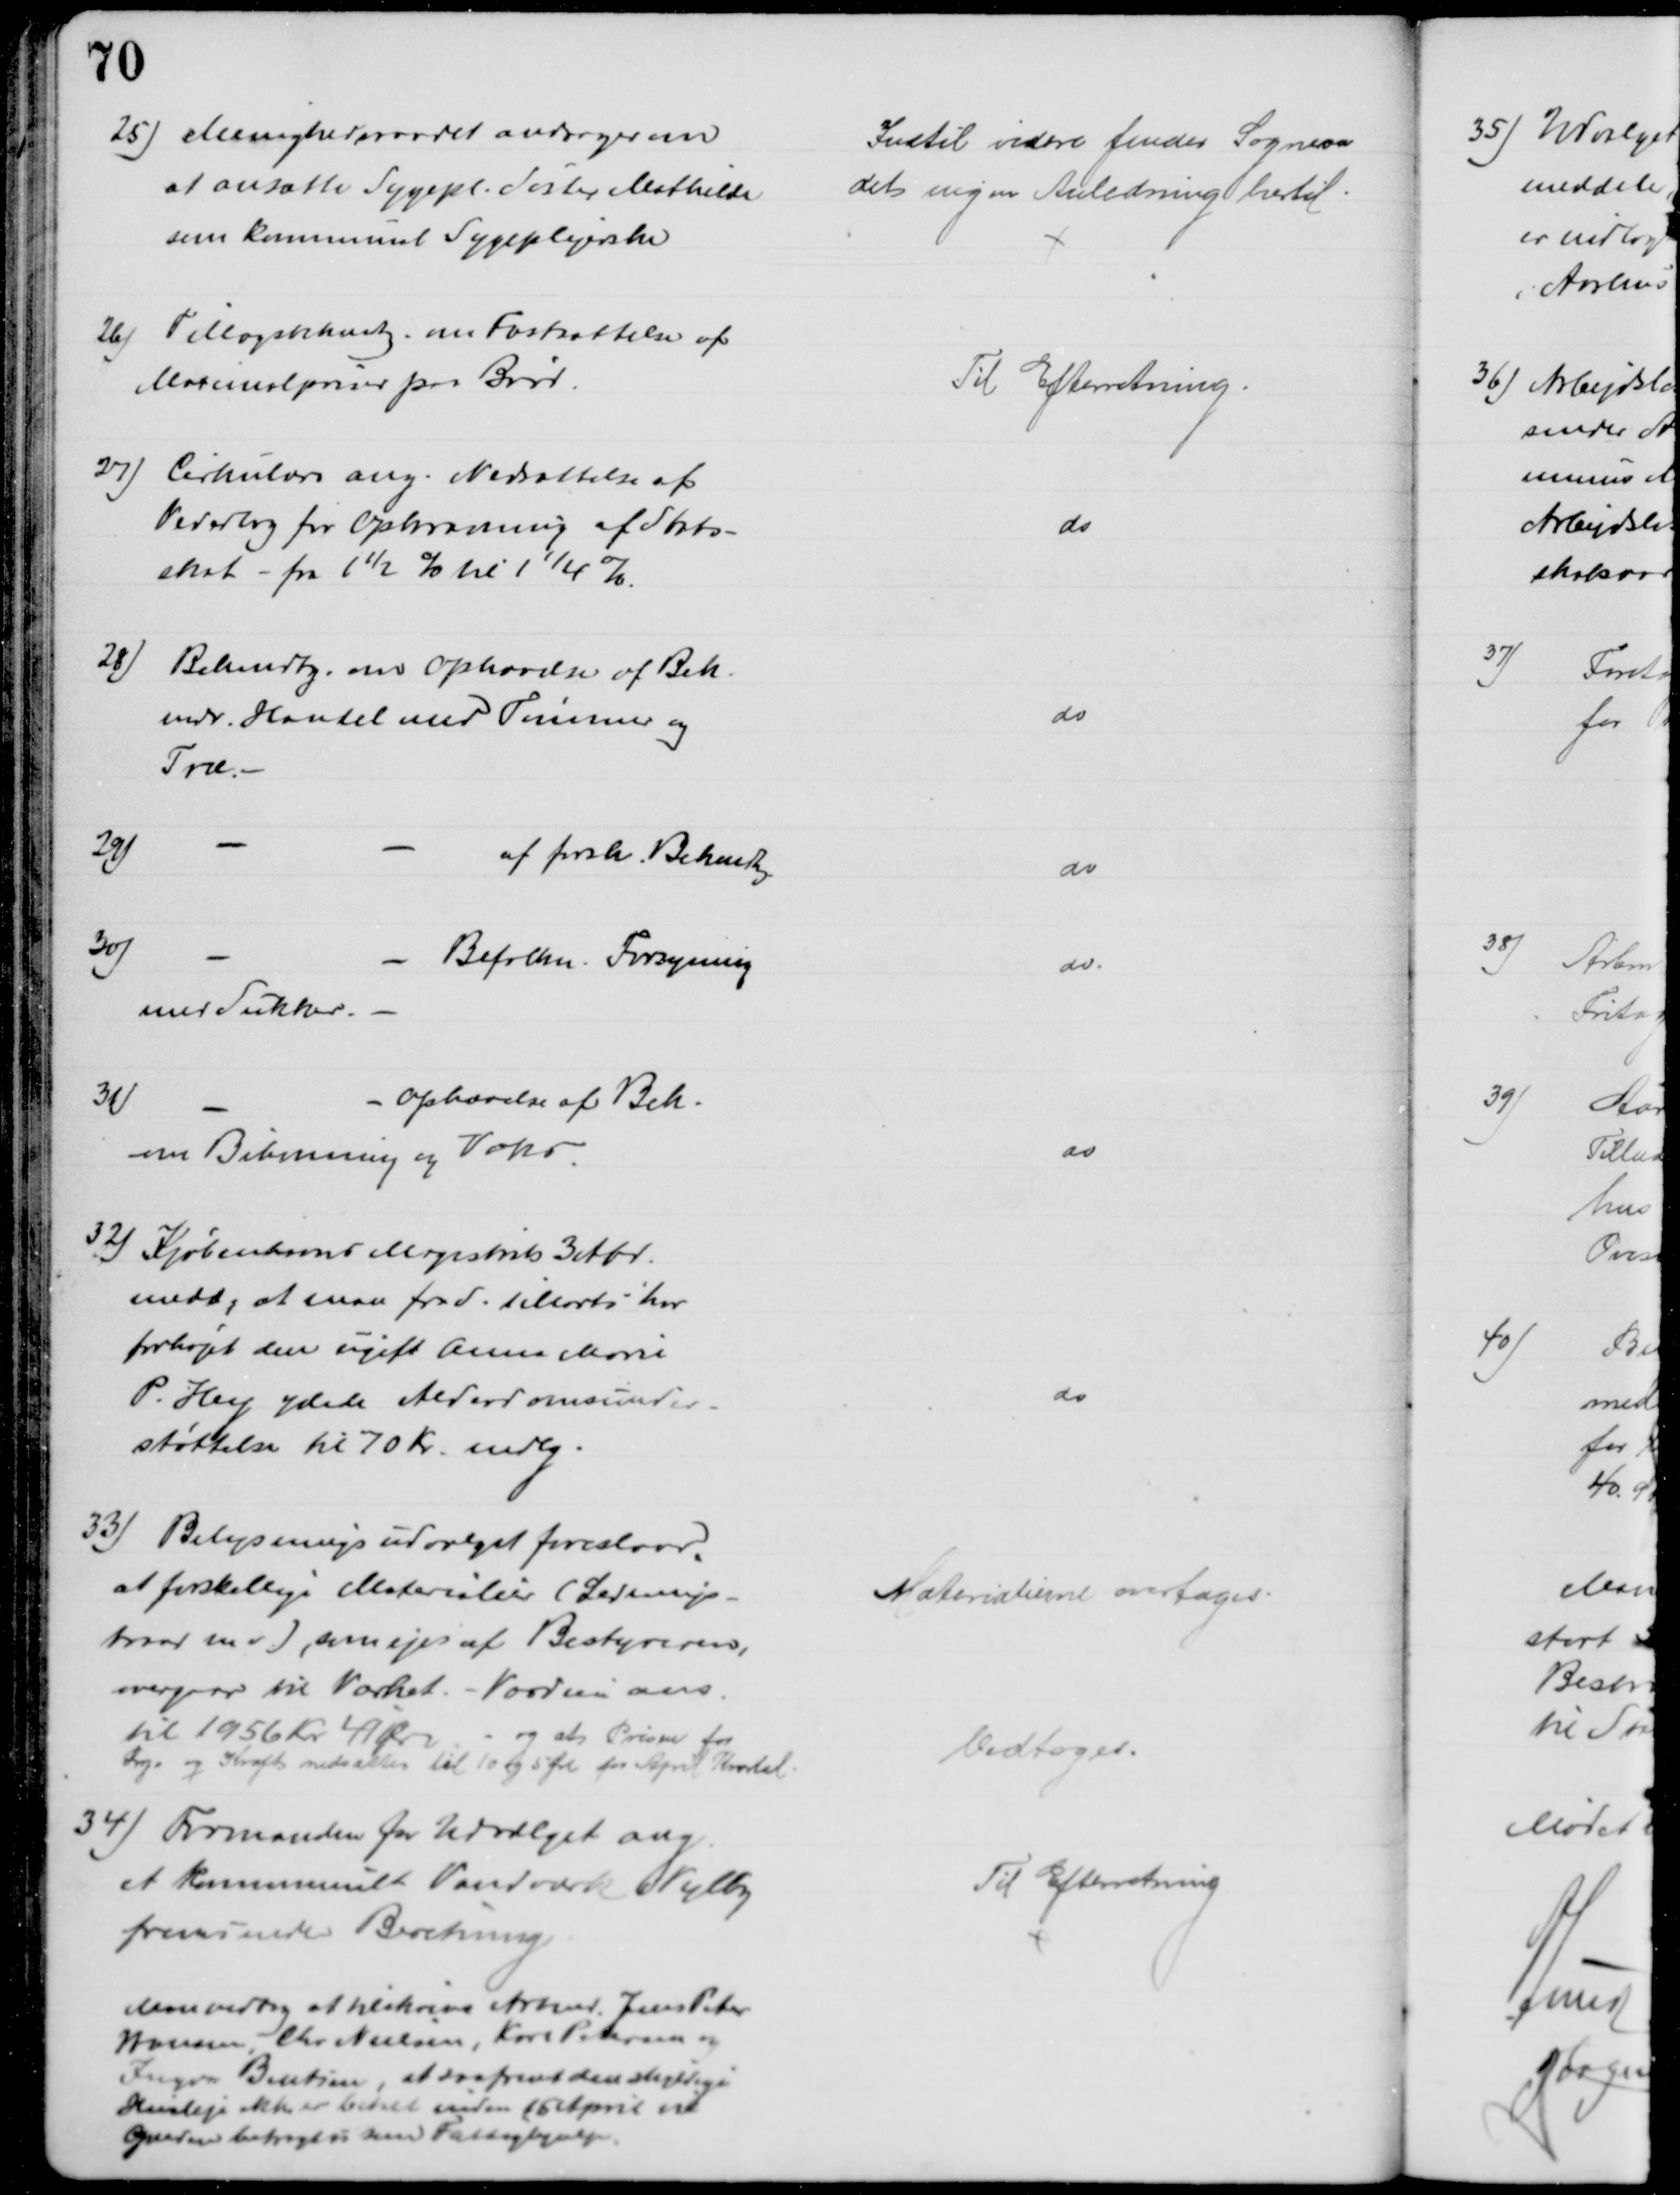
Transskription:
25) Menighedsraadet andrager om
at ansætte Sygepl. Søster Mathilde
som kommunal Sygeplejerske
Indtil videre finder Sogneraa
det ingen Anledning hertil
26)
Tillægsbekendtg om Fastsættelse af
Maximalpriser paa Brød.
Til Efterretning.
27) Cirkulære ang. Nedsættelse af
Vederlag for Opkrævning af Stats-
skat - fra 1½ % til 1¼ %.
do
28) Bekendtg. om Ophævelse af Bek
vedr. Handel med Tømmer og
Træ.
do
29)
af forsk. Bekendtg
do
30)
Befolkn. Forsyning
med Sukker.
do
31)
Ophævelse af Bek.
om Bihonning og Voks
do
32) Kjøbenhavns Magistrats 3 Afd.
medd, at man fra d. 1 Marts har
forhøjet den ugift Anne Marie
P. Hey ydede Alderdomsunder-
støttelse til 70 Kr. mdlg.
do
33) Belysningsudvalget foreslaar
at forskellige Materialier (Lednings-
traad m v), som ejes af Bestyreren,
overgaar til Værket. - Værdien ans.
til 1956 Kr. 41 Ør - og at Prisen for
Lys og Kraft nedsættes til 10 og 5 Øre for April Kvartal
Materialierne overtages.
Vedtoges.
34) Formanden for Udvalget ang.
et kommunalt Vandværk i Vejlby
fremsender Beretning
Man vedtog at tilskrive Arbmd. Jens Peter
Hansen, Chr. Nielsen, Karl Petersen og
Ingvar Bentzen, at saafremt den skyldige
Husleje ikke er betalt inden 15 April l
Gælden betragtes som Fattighjælp.
Til Efterretning